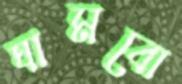
ঘামবো